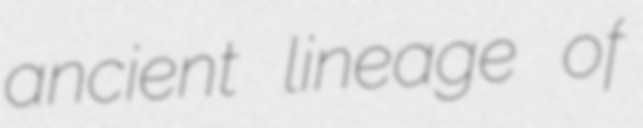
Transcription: ancient lineage of